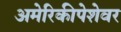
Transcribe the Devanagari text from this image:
अमेरिकीपेशेवर